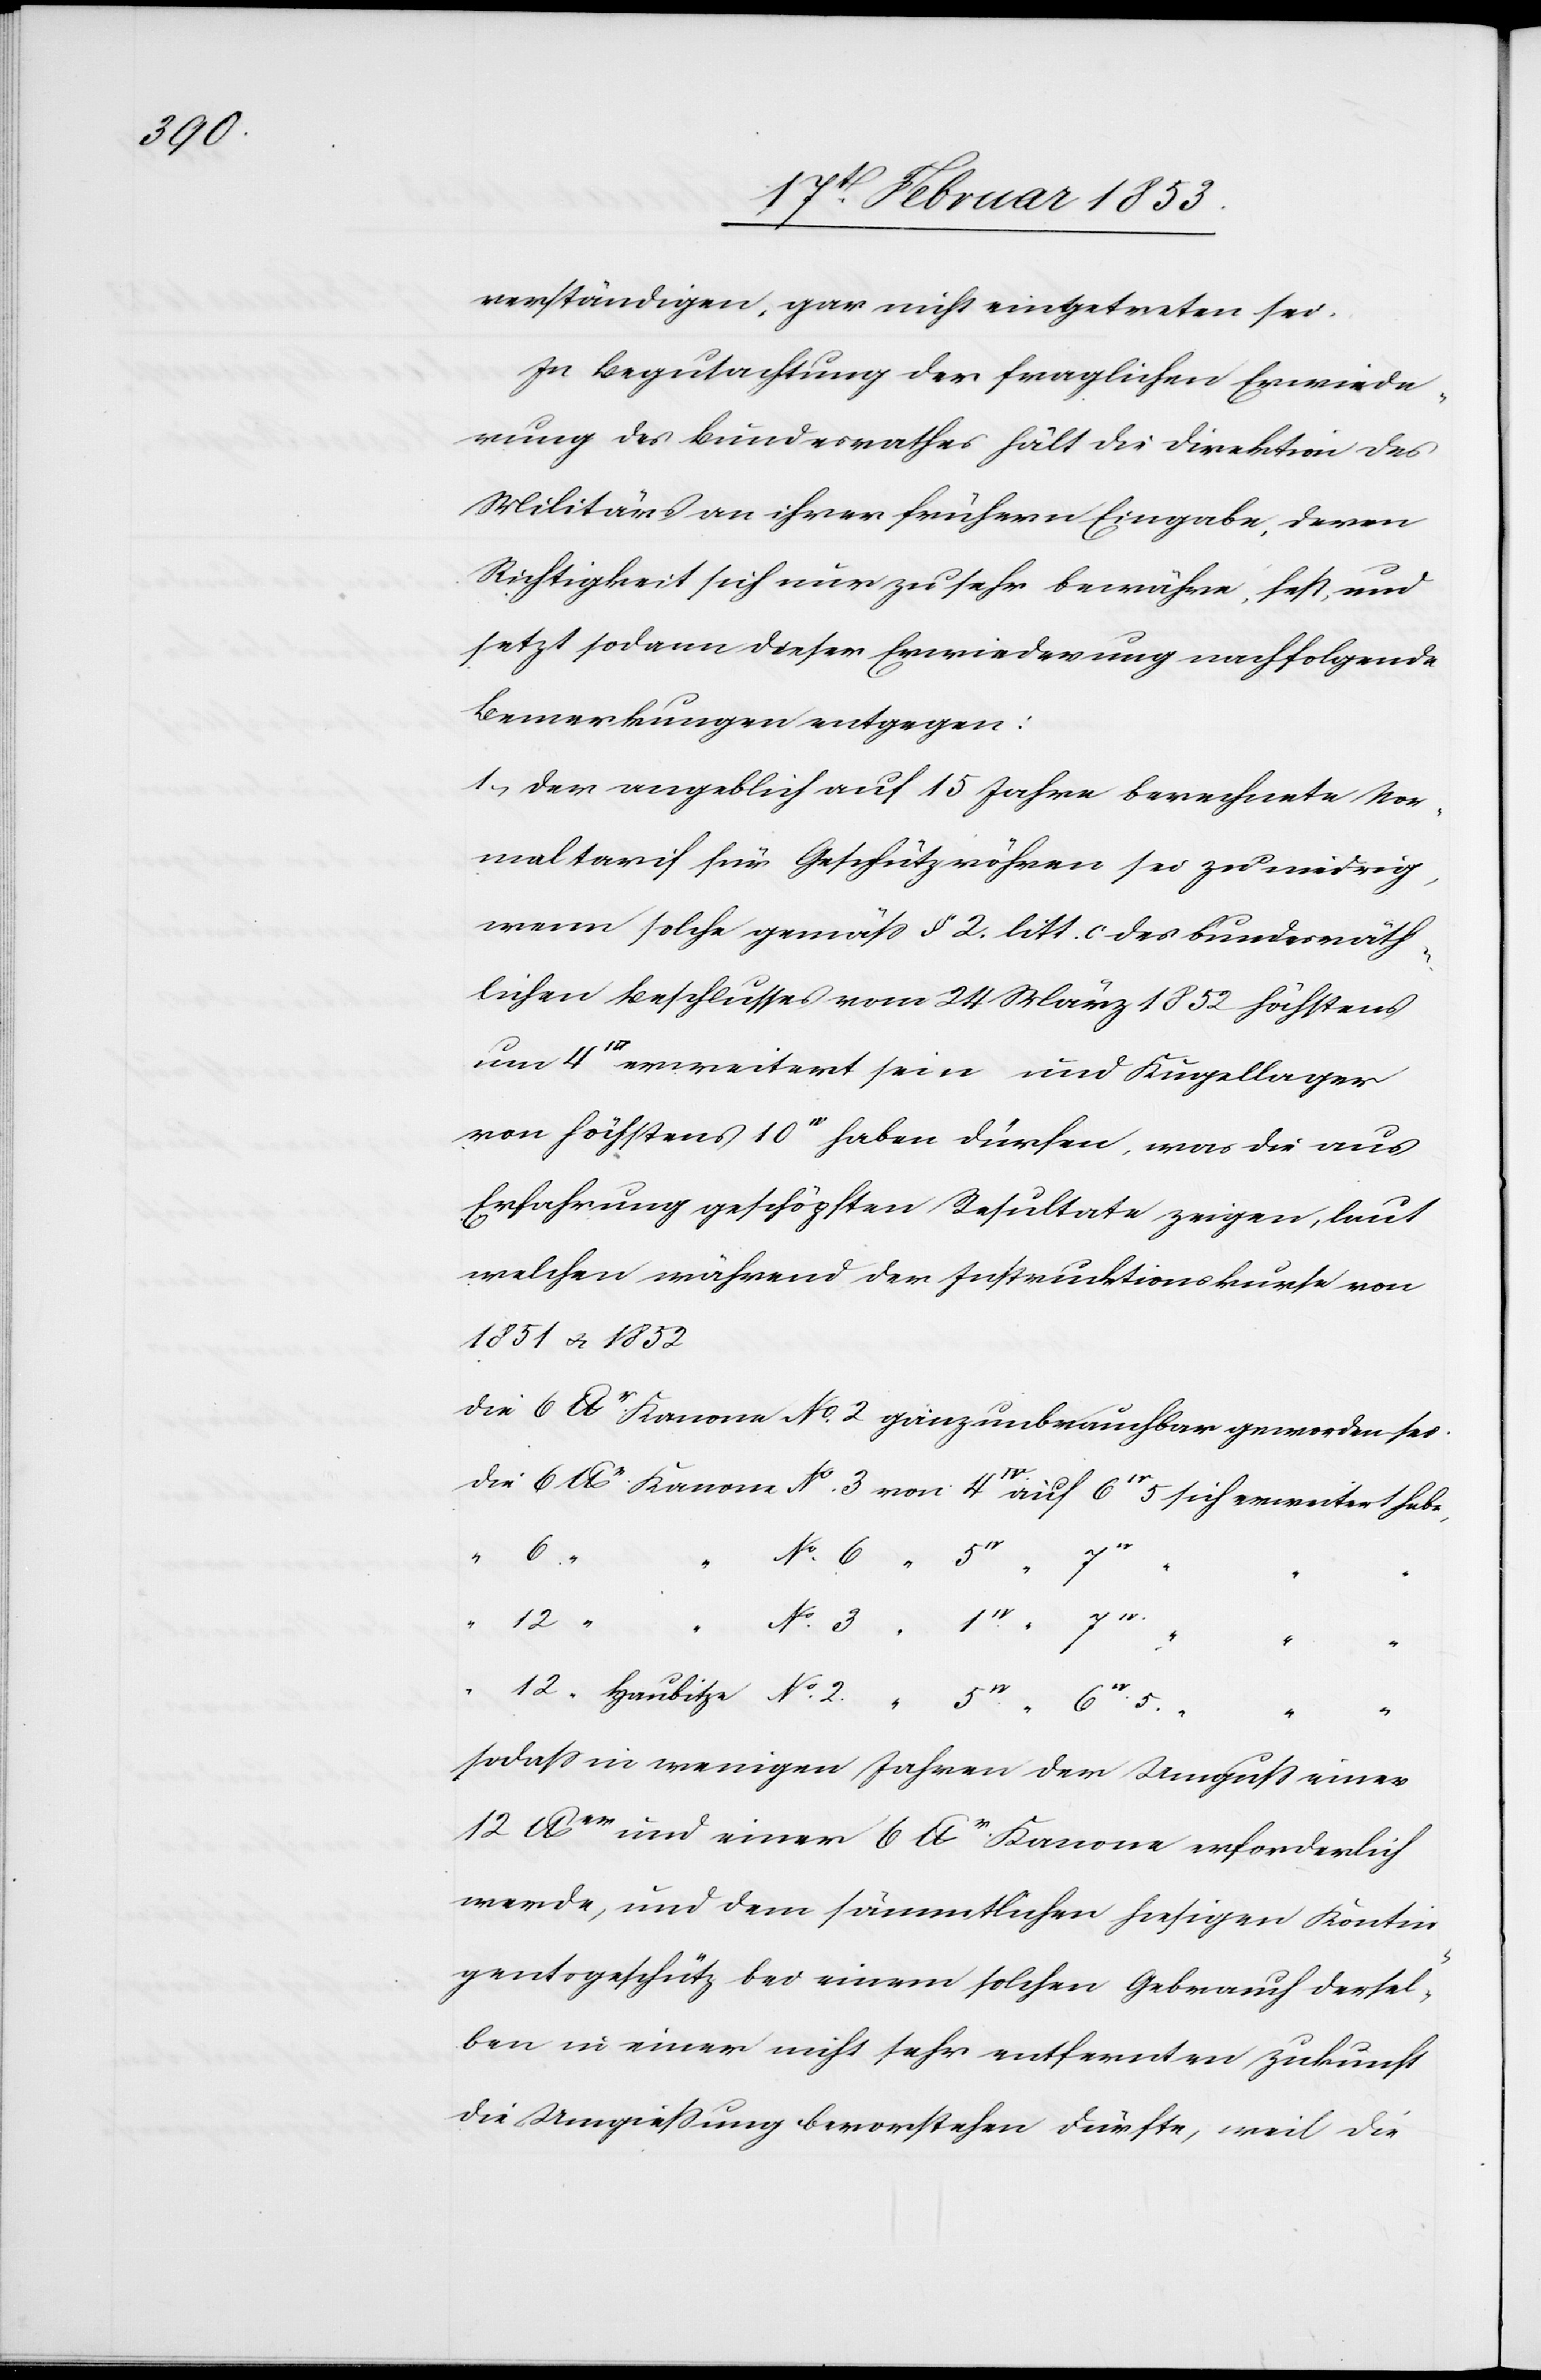
3

verständigen, gar nicht eingetreten sei.
In Begutachtung der fraglichen Erwiede¬
rung des Bundesrathes hält die Direktion des
Militärs an ihrer frühern Eingabe, deren
Richtigkeit sich nur zu sehr bewähre, fest, und
setzt sodann dieser Erwiederung nachfolgende
Bemerkungen entgegen.
1, der angeblich auf 15 Jahre berechnete Nor¬
maltarif für Geschützröhren sei zu niedrig,
wenn solche gemäß § 2. litt c. des bundesräth¬
lichen Beschlusses vom 24 März 1852 höchstens
4
uß erweitert sein und Kugellager
von höchstens 10’’’ haben dürfen, was die aus
Erfahrung geschöpften Resultate zeigen, laut
welchen während der Instruktionskurse von
1851 u. 1852
die 6 lbr. Kanone No. 2 ganz unbrauchbar geworden sei.
die 6 lbr. Kanone No. 3 von 4’’ auf 6’’ 5 sich erweitert habe,
“
2
“
sodaß in wenigen Jahren der Umguß einer
12 lber und einer 6lbr Kanone erforderlich
werde, und dem sämmtlichen hiesigen Konti¬
gentsgeschütz bei einem solchen Gebrauch dersel¬
ben in einer nicht sehr entfernten Zukunft
die Umgießung bevorstehen dürfte, weil die